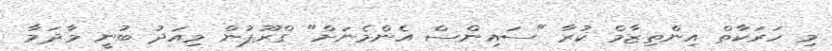
މި ހަރަކާތް އިންތިޒާމް ކުރާ "ސައިންސް އެންމެނަށް" ގްރޫޕުން މިއަދު ބުނީ މާދަމާ